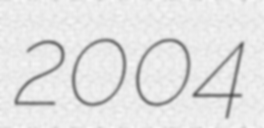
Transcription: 2004